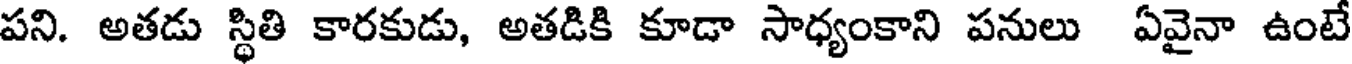
పని. అతడు స్థితి కారకుడు, అతడికి కూడా సాధ్యంకాని పనులు ఏవైనా ఉంటే